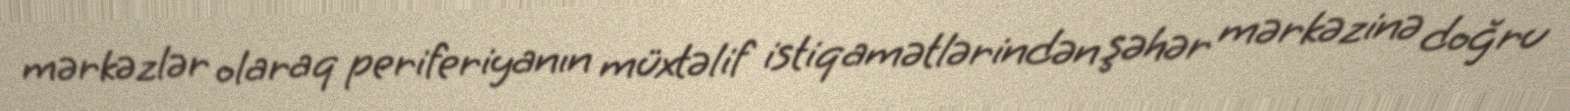
mərkəzlər olaraq periferiyanın müxtəlif istiqamətlərindən şəhər mərkəzinə doğru